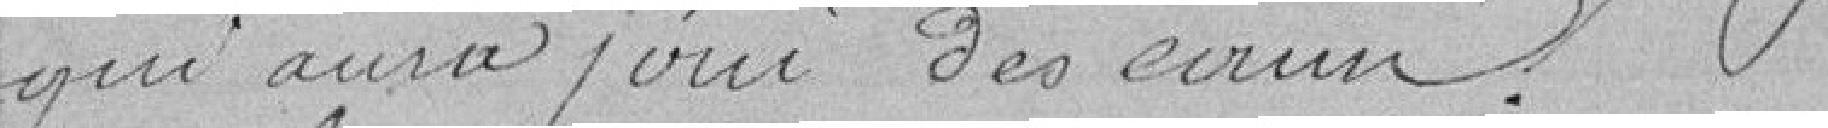
qui aura joui des eaux